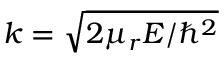
k = \sqrt { 2 \mu _ { r } E / \hbar ^ { 2 } }